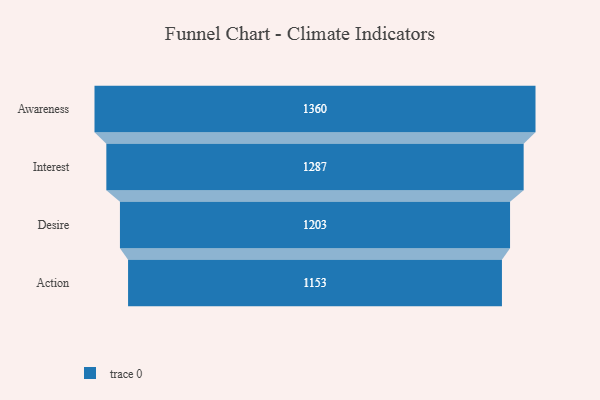
{"axis": {"x": "Stage", "y": "Value"}, "legend": [""], "data": [{"x": "Awareness", "y": 1360.0, "type": ""}, {"x": "Interest", "y": 1287.0, "type": ""}, {"x": "Desire", "y": 1203.0, "type": ""}, {"x": "Action", "y": 1153.0, "type": ""}]}